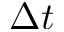
\Delta t